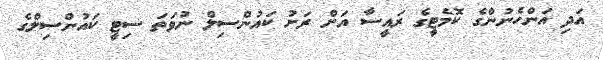
އަދި އަންހެނުންގެ ކޮމެޓީގެ ރައީސާ އަށް ރަށު ކައުންސިލް ނުވަތަ ސިޓީ ކައުންސިލްގެ